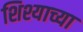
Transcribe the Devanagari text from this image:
शिश्याच्या